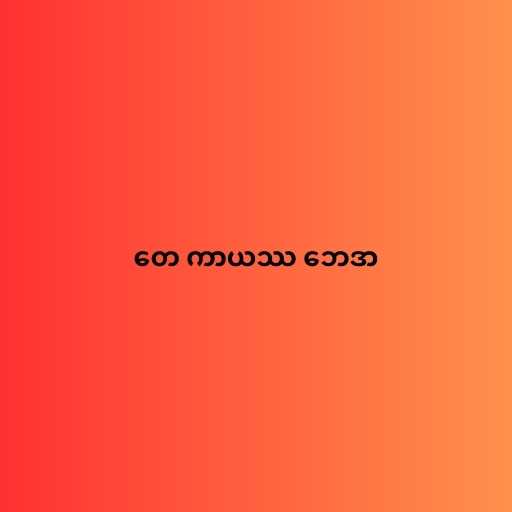
တေ ကာယဿ ဘေဒာ